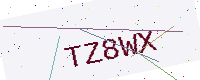
Text: TZ8WX